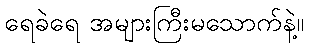
ရေခဲရေ အများကြီးမသောက်နဲ့။